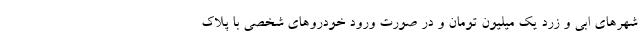
شهرهای ابی و زرد یک میلیون تومان و در صورت ورود خودروهای شخصی با پلاک